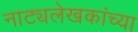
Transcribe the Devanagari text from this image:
नाट्यलेखकांच्या